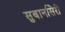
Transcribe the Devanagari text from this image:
सुबानसिरी